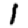
Digit: 1